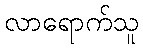
လာရောက်သူ